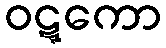
ဝဋ္ဋကော